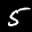
Label: 5